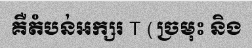
គឺតំបន់អក្សរ T (ច្រមុះ និង